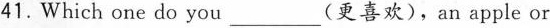
41.Which one do you ___ (更喜欢),an apple or